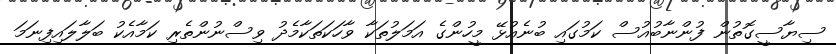
ސިޔާސީގޮތުން ފުންނާބުއުސް ކަމުގައި ބުނެއުޅޭ މީހުންގެ އަމަލުތަކާ ވާހަކަތަކާމެދު ވިސްނުންތެރި ކަމާއެކު ބަލާލައިފިނަމަ